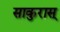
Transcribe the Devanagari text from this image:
साकुरास्